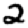
Digit: 2